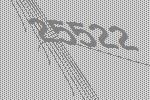
25522